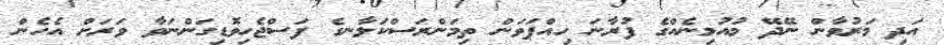
އަދި މަރުވާން ނޭދޭ މުއުމިނެއްގެ ފުރާނަ ހިއްޕަވަން ތިމަންރަސްކަލާނގެ ފަސްޖެހިވޮޑިގަންނަވާ ވަރަށް އެހެން